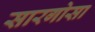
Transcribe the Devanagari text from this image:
सारगोसा